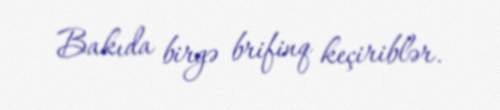
Bakıda birgə brifinq keçiriblər.